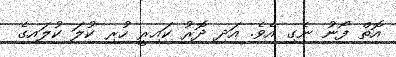
އޮތް ފޯނު ނެގި އެވެ. އަދި ދޮރު ކައިރީ ހުރި ކުލަ ކުލައިގެ